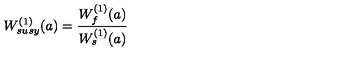
W _ { s u s y } ^ { ( 1 ) } ( a ) = { \frac { W _ { f } ^ { ( 1 ) } ( a ) } { W _ { s } ^ { ( 1 ) } ( a ) } }